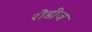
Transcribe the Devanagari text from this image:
रोडीज